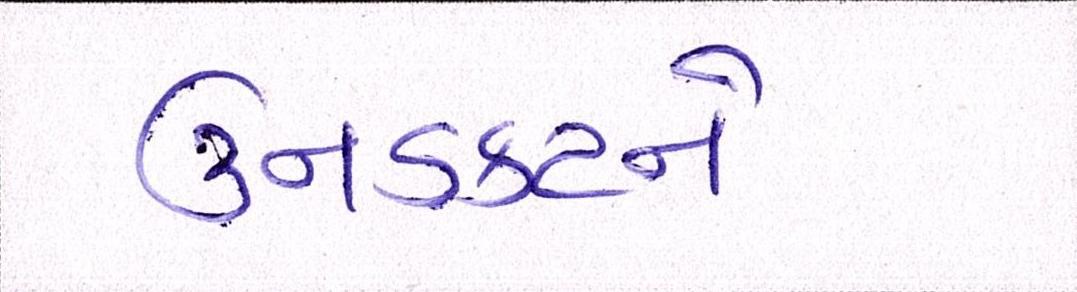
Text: ઉનડકટને